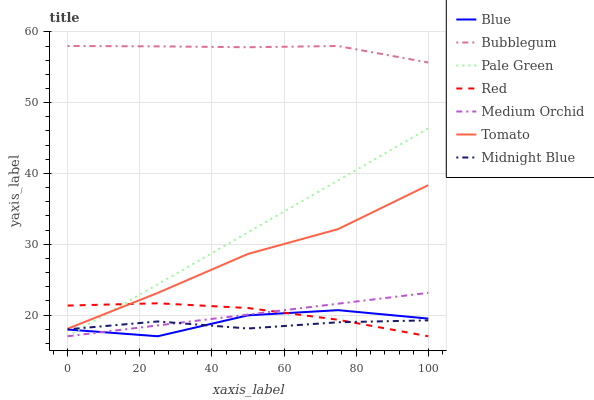
| xaxis_label | Blue | Bubblegum | Pale Green | Red | Medium Orchid | Tomato | Midnight Blue |
 | --- | --- | --- | --- | --- | --- | --- | --- |
 | 0 | 18 | 58 | 17 | 21.3 | 17 | 18.1 | 18 |
 | 25 | 17 | 58 | 24.3 | 21.7 | 18.5 | 23.1 | 19.1 |
 | 50 | 20 | 57.8 | 31.7 | 21 | 20.1 | 28.6 | 18.1 |
 | 75 | 20.7 | 58 | 39 | 19.3 | 21.6 | 32.1 | 19 |
 | 100 | 19.5 | 55.7 | 46.4 | 17 | 23.1 | 38.3 | 19.2 |